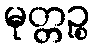
မုတ္တဉ္စ